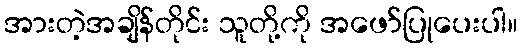
အားတဲ့အချိန်တိုင်း သူတို့ကို အဖော်ပြုပေးပါ။